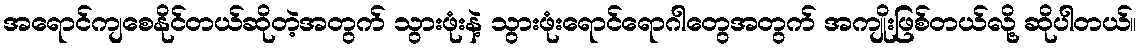
အရောင်ကျစေနိုင်တယ်ဆိုတဲ့အတွက် သွားဖုံးနဲ့ သွားဖုံးရောင်ရောဂါတွေအတွက် အကျိုးဖြစ်တယ်လို့ ဆိုပါတယ်။